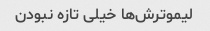
لیموترش‌ها خیلی تازه نبودن